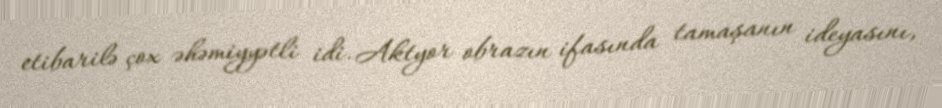
etibarilə çox əhəmiyyətli idi. Aktyor obrazın ifasında tamaşanın ideyasını,